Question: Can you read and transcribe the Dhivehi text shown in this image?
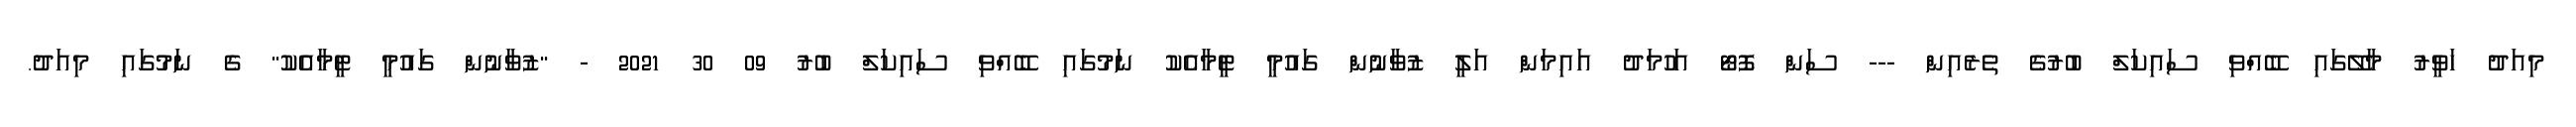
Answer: މިއަދު ހަވީރު މާލޭގައި ބޭއްވި ސައިކަލް ބުރުގެ ތެރެއިން --- ސަން ފޮޓޯ އަހުމަދު އައިމަން އަލީ ޒުވާނުން ގައުމީ ޓީމާއެކު ނަމުގައި ބޭއްވި ސައިކަލް ބުރު 09 30 2021 - "ޒުވާނުން ގައުމީ ޓީމާއެކު" ގެ ނަމުގައި މިއަދު.